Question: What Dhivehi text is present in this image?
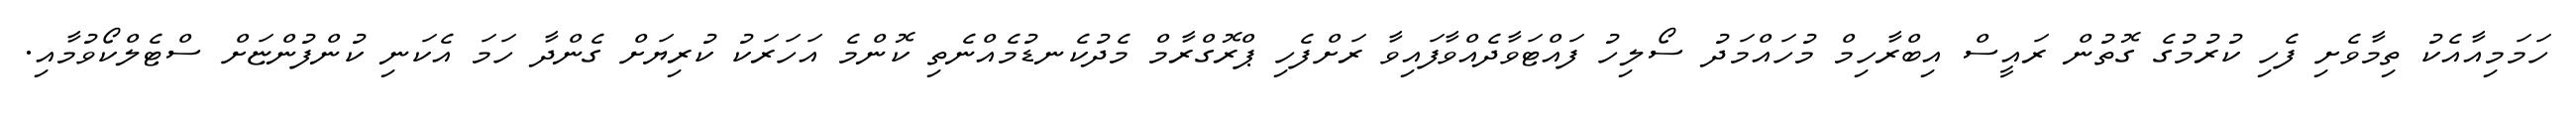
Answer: ހަމަމިއާއެކު ތިމާވެށި ފެހި ކުރުމުގެ ގޮތުން ރައީސް އިބްރާހިމް މުހައްމަދު ސޯލިހު ފައްޓަވާދެއްވާފައިވާ ރަށްފެހި ޕްރޮގްރާމް މެދުކެނޑުމެއްނެތި ކޮންމެ އަހަރަކު ކުރިޔަށް ގެންދާ ހަމަ އެކަނި ކުންފުންޏަށް ސްޓެލްކޯވުމާއި.